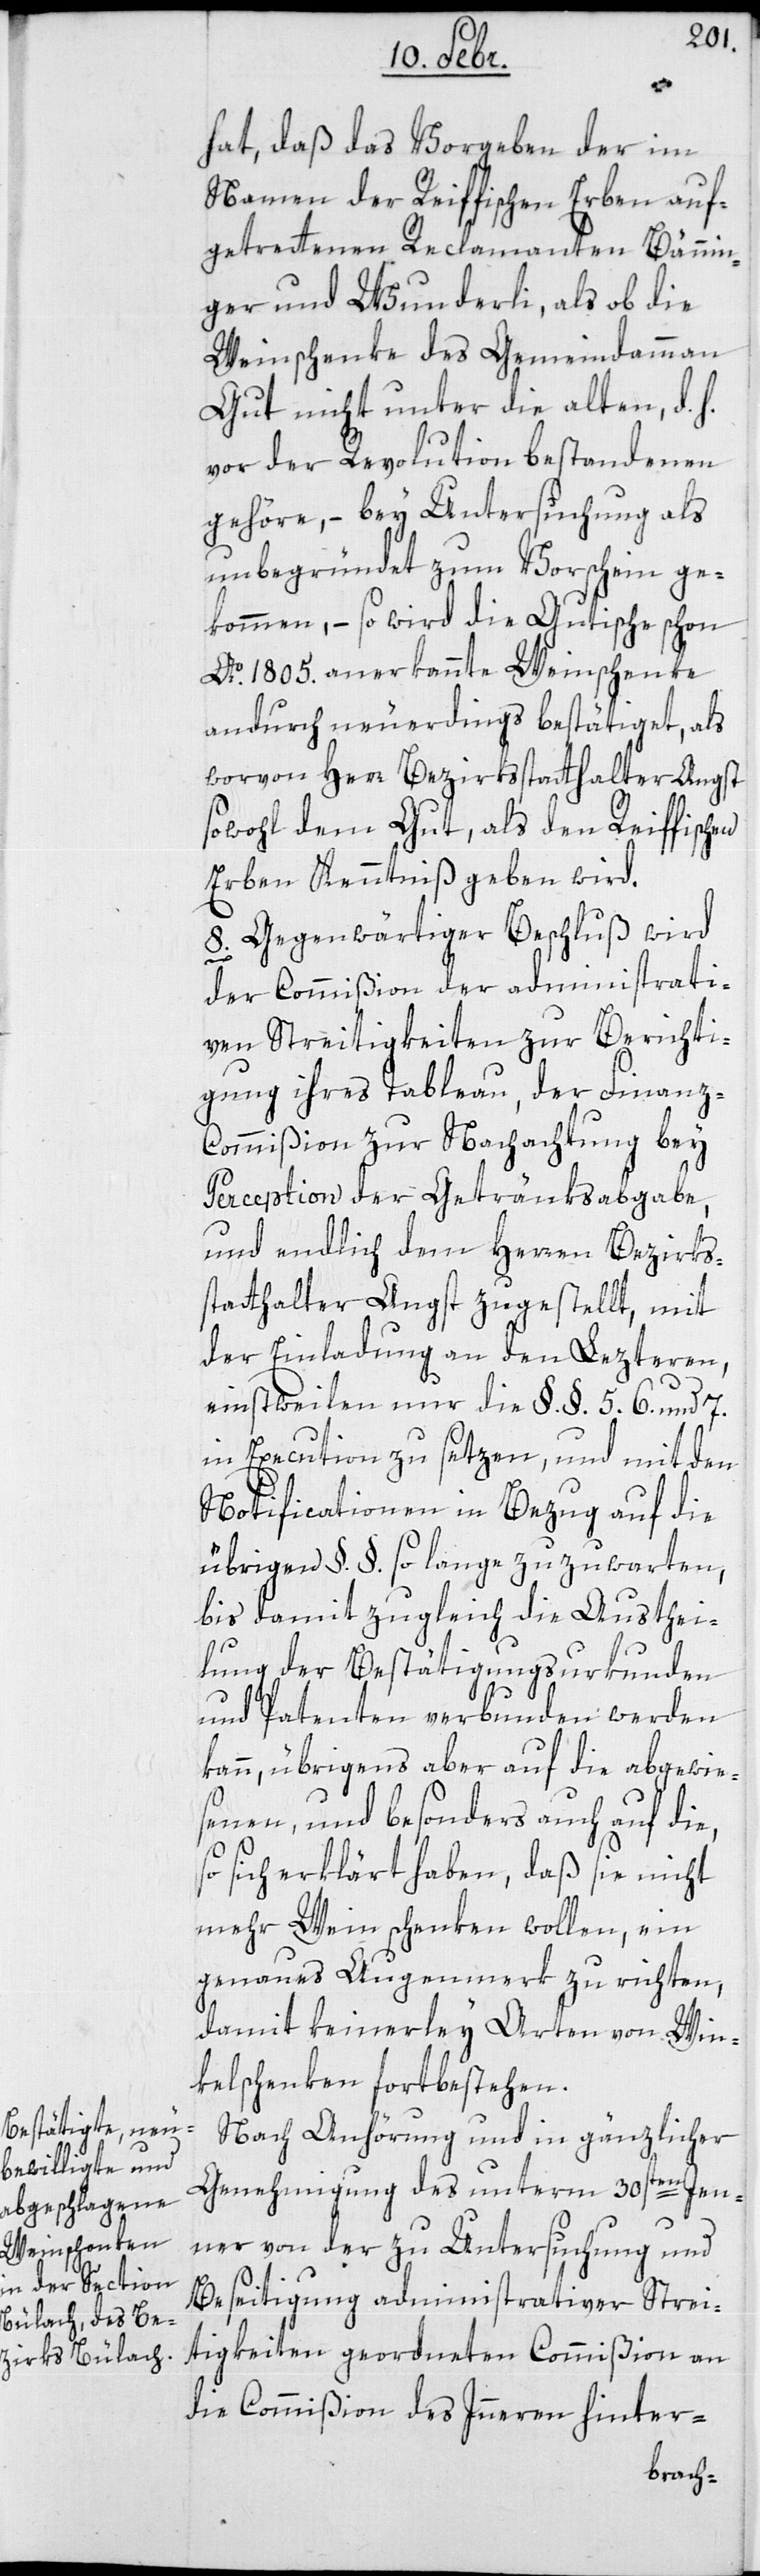
hat, daß das Vorgeben der im
Namen der Reiffischen Erben auf¬
getretenen Reclamanten Bännin¬
ger und Wunderli, als ob die
Weinschenke des Gemeindammann
Gut nicht unter die alten, d. h.
vor der Revolution bestandenen
gehöre, – bey Untersuchung als
unbegründet zum Vorschein ge¬
kommen, – so wird die Gutische schon
Ao. 1805. anerkannte Weinschenke
andurch neuerdings bestätiget, als
worvon Herr Bezirksstatthalter Angst
sowohl dem Gut, als den Reiffischen
Erben Kenntniß geben wird.
8. Gegenwärtiger Beschluß wird
e,
der Commißion der administrati¬
ven Streitigkeiten zur Berichti¬
gung ihres Tableau, der Finanz-C¬
ommißion zur Nachachtung bey
Perception der Getränksabgabe,
und endlich dem Herren Bezirks¬
statthalter Angst zugestellt, mit
der Einladung an den lezteren,
einstweilen nur die §. §. 5, 6 und 7
in Execution zu setzen, und mit den
Modificationen in Bezug auf die
überigen §. §. so lange zuzuwarten,
bis damit zugleich die Austhei¬
lung der Bestätigungs-Urkunden
und Patenten verbunden werden
kann, übrigens aber auf die Abgewie¬
senen und besonders auch auf di¬
so sich erklärt haben, daß sie nicht
mehr Wein schenken wollen, ein
genaues Augenmerk zu richten,
damit keinerley Arten von Win¬
kelschenken fortbestehen.
Nach Anhörung und in gänzlicher
Genehmigung des unterm 30sten Jen¬
ner von der zu Untersuchung und
Beseitigung administrativer Strei¬
tigkeiten geordneten Commißion an
die Commißion des Innern hinter-